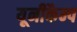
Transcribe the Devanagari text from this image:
यूनीकैम्प